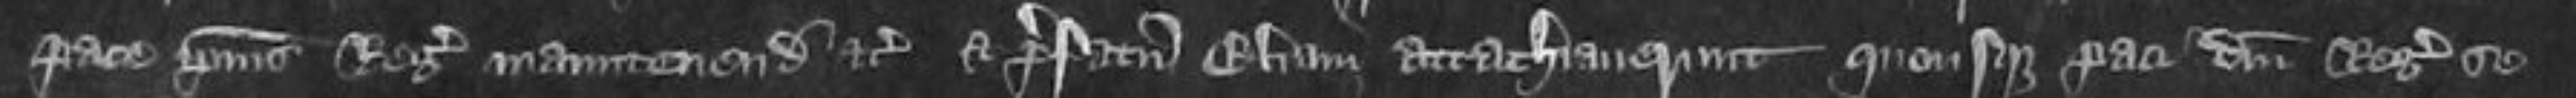
pace ipsius Regis manutenendum etcet prefatum Eliam attachiaverunt quousque paci domini Regis se